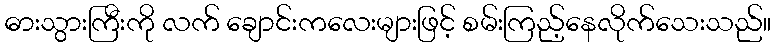
ဓားသွားကြီးကို လက် ချောင်းကလေးများဖြင့် စမ်းကြည့်နေလိုက်သေးသည်။